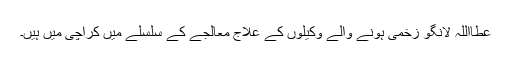
عطااللہ لانگو زخمی ہونے والے وکیلوں کے علاج معالجے کے سلسلے میں کراچی میں ہیں۔